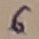
Text: 6